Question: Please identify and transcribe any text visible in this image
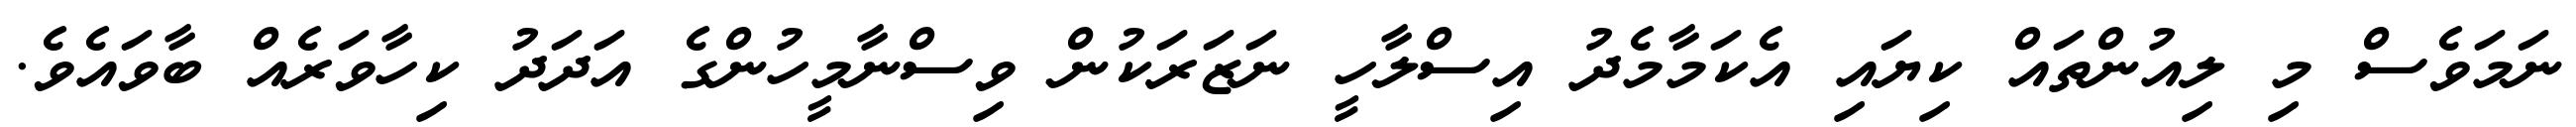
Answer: ނަމަވެސް މި ލިއުންތައް ކިޔައި އެކަމާމެދު އިސްލާހީ ނަޒަރަކުން ވިސްނާމީހުންގެ އަދަދު ކިހާވަރެއް ބާވައެވެ.